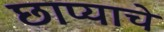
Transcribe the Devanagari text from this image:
छाप्याचे